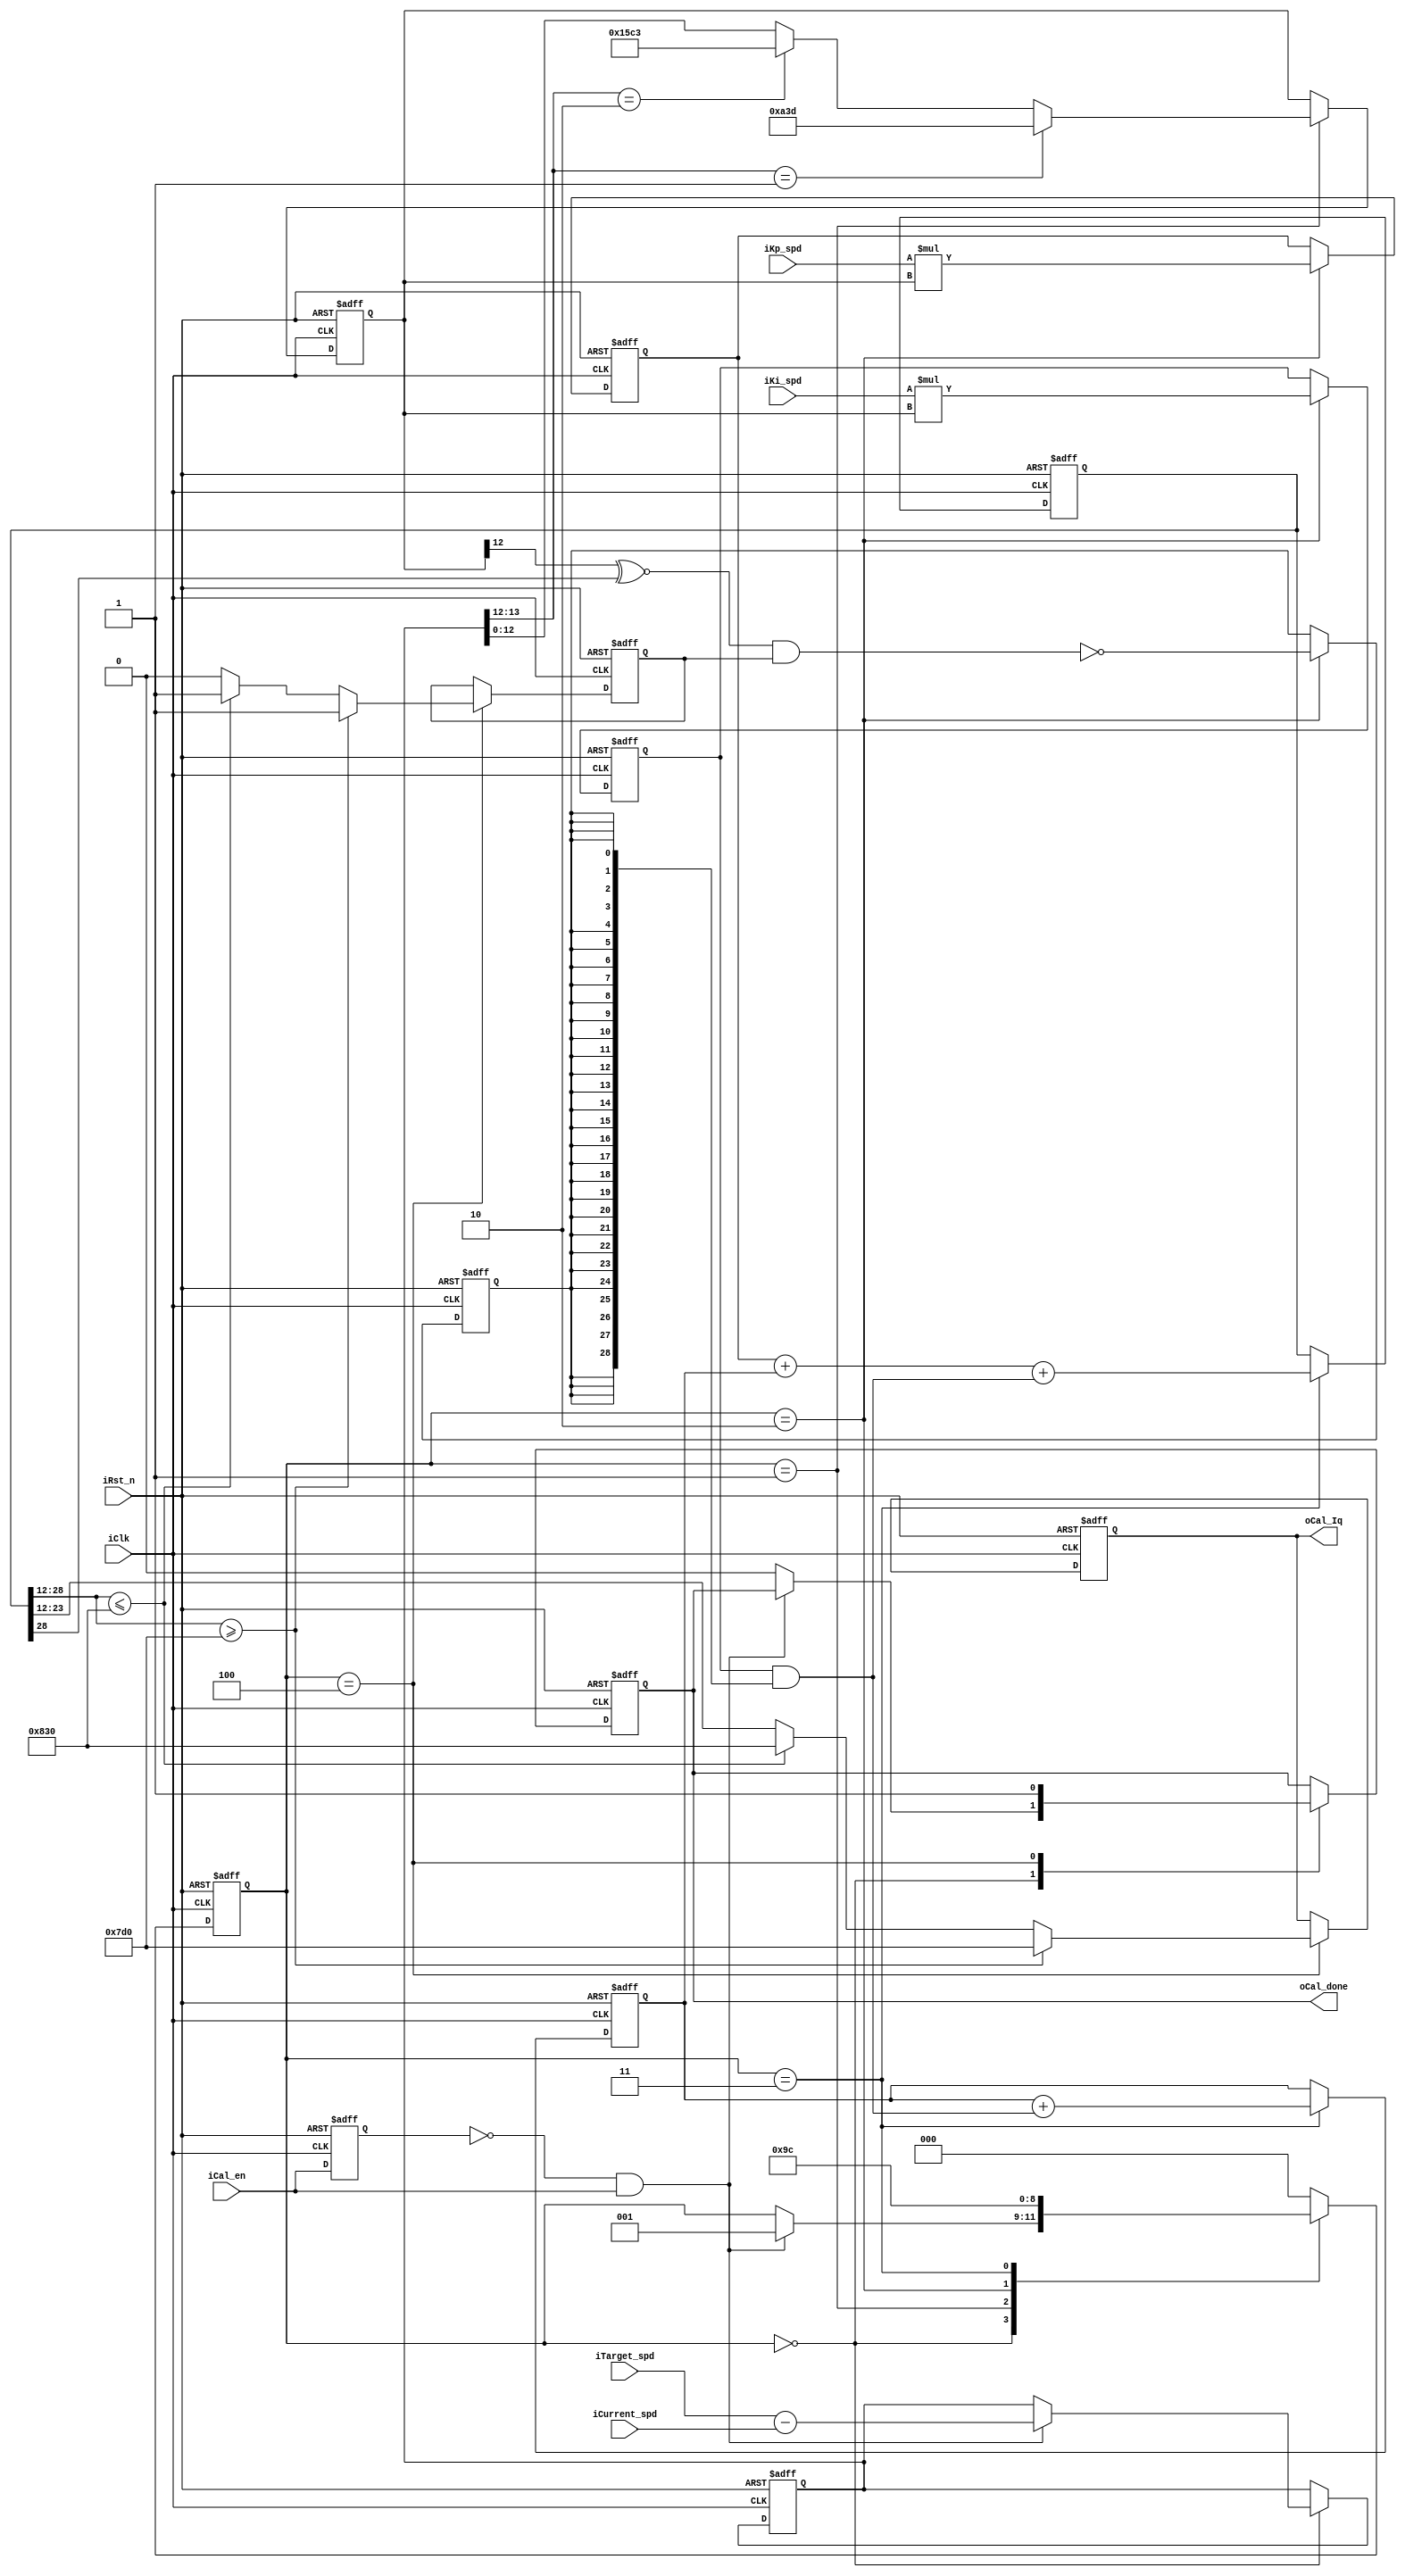
module Speed_Loop_PI(
    iClk,
    iRst_n,
    iTarget_spd,
    iCurrent_spd,
    iKp_spd,
    iKi_spd,
    iCal_en,
    oCal_Iq,
    oCal_done
);
    input wire iClk;
    input wire iRst_n;
    input wire signed [12:0] iTarget_spd,iCurrent_spd;
    input wire signed [15:0] iKp_spd,iKi_spd;
    input wire iCal_en;
    output reg signed [11:0] oCal_Iq;
    output reg oCal_done;

    localparam SPEED_MAX = 13'sd2621;
    localparam IQ_MAX = 12'sd2000;

    localparam S0 = 3'd0;
    localparam S1 = 3'd1;
    localparam S2 = 3'd2;
    localparam S3 = 3'd3;
    localparam S4 = 3'd4;

    reg ncal_en_pre_state;
    reg [2:0] nstate;

    always @(posedge iClk or negedge iRst_n) begin
        if(!iRst_n) begin
            ncal_en_pre_state <= 1'b0;
        end 
        else begin
            ncal_en_pre_state <= iCal_en;
        end
    end

    always @(posedge iClk or negedge iRst_n) begin
        if(!iRst_n) begin
            nstate <= S0;
            oCal_done <= 1'b0;
        end
        else begin
            case (nstate)
                S0: begin
                    if((!ncal_en_pre_state) & iCal_en) begin
                        nstate <= S1;
                    end
                    else begin
                        nstate <=nstate;
                        oCal_done <= 1'b0;
                    end
                end 
                S1: begin
                    nstate <= S2; 
                end
                S2: begin
                    nstate <= S3; 
                end
                S3:begin
                    nstate <= S4; 
                end
                S4: begin
                    nstate <= S0; 
                    oCal_done <= 1'b1; 
                end
                default: nstate <= S0;
            endcase 
        end
    end

    reg signed [13:0] nerror_spd_temp;
    reg signed [12:0] nerror_spd;
    reg signed [28:0] ncal_spd;
    reg signed [28:0] nlasttime_I_spd;
    reg signed [28:0] ncal_P_spd,ncal_I_spd;
    reg nflag_clamping_spd;
    reg nflag_saturation_spd;

    always @(posedge iClk or negedge iRst_n) begin
        if(!iRst_n) begin
            nerror_spd_temp <= 14'd0;
            nerror_spd <= 13'd0;
            ncal_P_spd <= 29'd0;
            ncal_I_spd <= 29'd0;
            nlasttime_I_spd <= 29'd0;
            ncal_spd <= 29'd0;
            nflag_clamping_spd <= 1'b0;
            nflag_saturation_spd <= 1'b0;
            oCal_Iq <= 12'd0;
        end
        else begin
            case (nstate)
                S0: begin
                    if((!ncal_en_pre_state) & iCal_en) begin
                        nerror_spd_temp <= iTarget_spd - iCurrent_spd;
                    end
                end
                S1: begin
                    if(nerror_spd_temp[13:12] == 2'b01) begin
                        nerror_spd <= SPEED_MAX;
                    end
                    else if(nerror_spd_temp[13:12] == 2'b10) begin
                        nerror_spd <= -SPEED_MAX;
                    end 
                    else begin
                        nerror_spd <= nerror_spd_temp[12:0]; 
                    end
                end
                S2: begin
                    ncal_P_spd <= (iKp_spd * nerror_spd);
                    ncal_I_spd <= (iKi_spd * nerror_spd);
                    nflag_clamping_spd <= !((nerror_spd[12] ^~ ncal_spd[28]) && nflag_saturation_spd);
                end
                S3: begin
                    nlasttime_I_spd <= nlasttime_I_spd + (ncal_I_spd & {29{nflag_clamping_spd}});
                    ncal_spd <= ncal_P_spd + nlasttime_I_spd + (ncal_I_spd & {29{nflag_clamping_spd}});
                end
                S4: begin
                    if($signed(ncal_spd[28:12]) >= IQ_MAX) begin
                        nflag_saturation_spd <= 1'b1;
                        oCal_Iq <= IQ_MAX;
                    end
                    else if($signed(ncal_spd[28:12]) <= -IQ_MAX)begin
                        nflag_saturation_spd <= 1'b1;
                        oCal_Iq <= -IQ_MAX;
                    end
                    else begin
                        nflag_saturation_spd <= 1'b0;
                        oCal_Iq <= ncal_spd[23:12];
                    end
                end
                default: ;
            endcase
        end
    end

endmodule